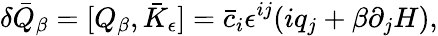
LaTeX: \delta\bar{Q}_{\beta}=[Q_{\beta},\bar{K}_{\epsilon}]=\bar{c}_{i}\epsilon^{ij}(iq_{j}+\beta\partial_{j}H),